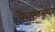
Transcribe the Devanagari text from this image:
कैयटकृत